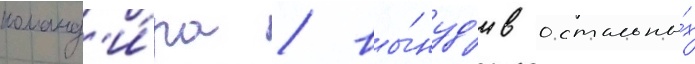
команд'и́ра / вы́нуд'ив остальны́х